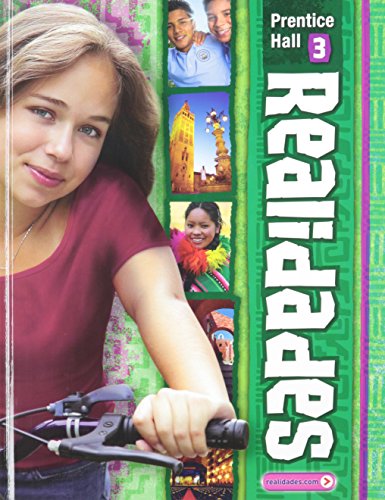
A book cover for Realidades 3; Peggy Palo Boyles; Teen & Young Adult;